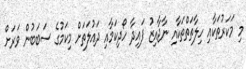
މި މަކަރުތަކާއި ހިލާތަތްތަކާއި ނާޖާއިޒު ފައިދާ ހޯދިކަމާއި ދައުލަތަށް މިކަމުގެ ސަބަބުން ވަރަށް